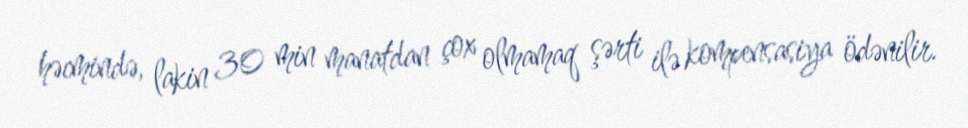
həcmində, lakin 30 min manatdan çox olmamaq şərti ilə kompensasiya ödənilir.